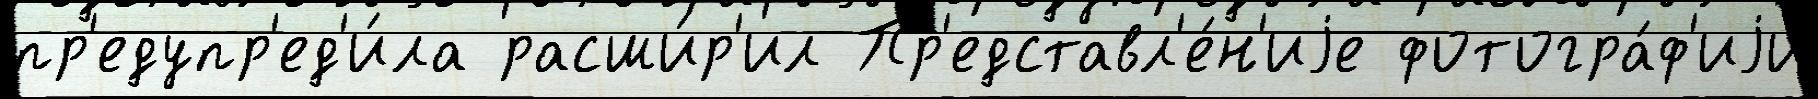
пр'едупр'ед'и́ла расши́р'ил Пр'едставл'е́н'иjе фотогра́ф'иjи